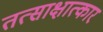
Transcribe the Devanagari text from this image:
तत्साक्षात्कार